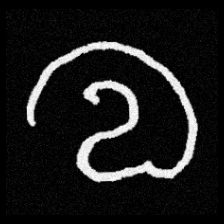
Pyu character \u2014 Myanmar letter: လ (romanized: la)